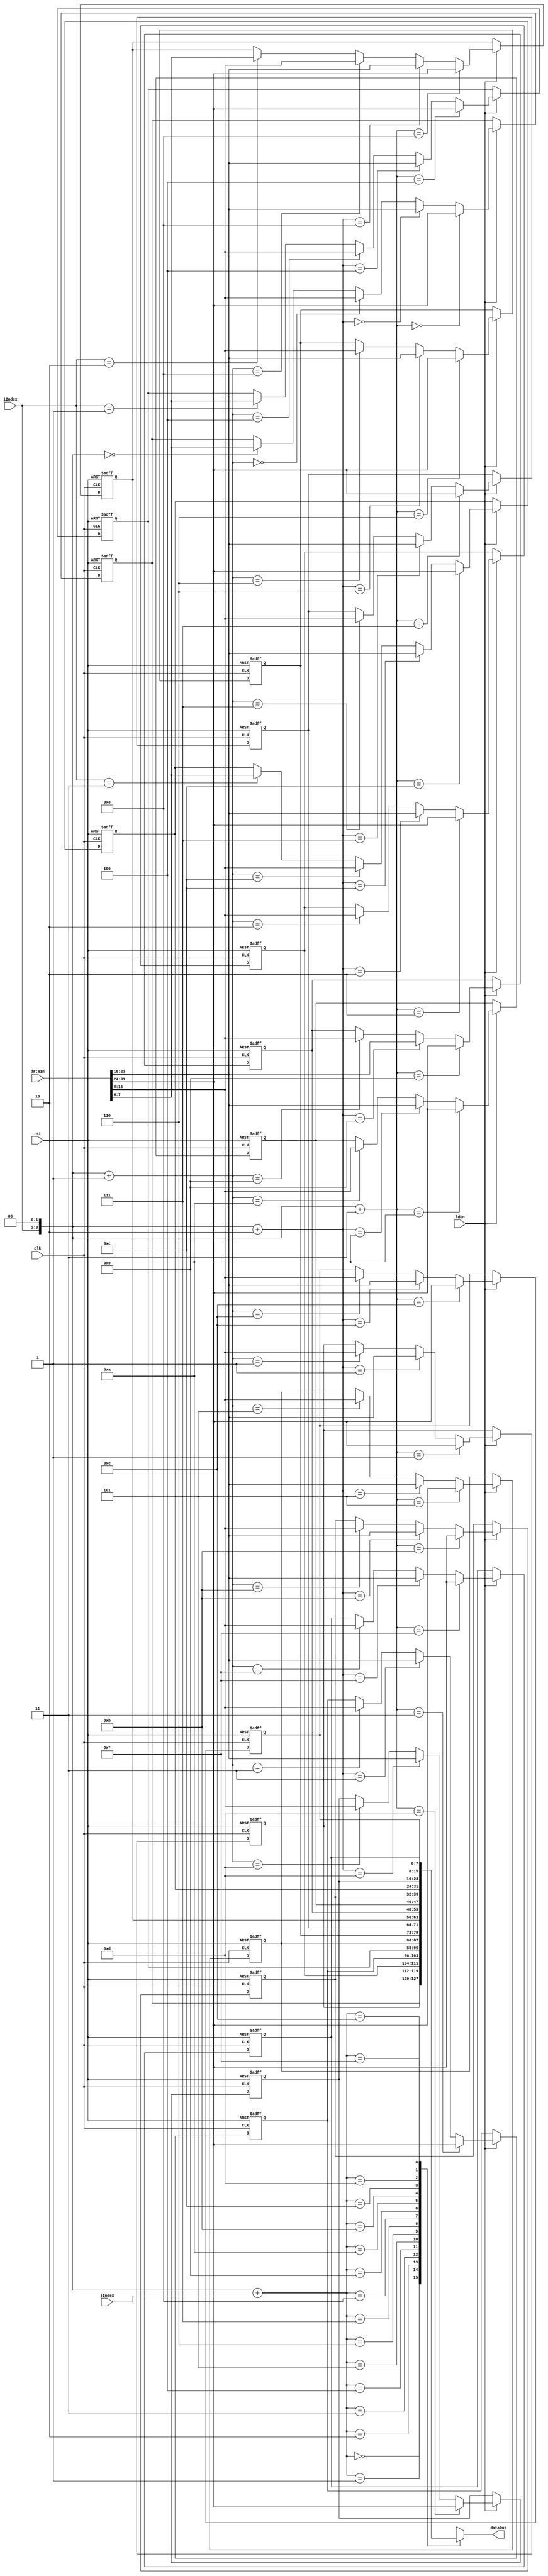
module FilterBuffer(clk, rst, ldEn, iIndex, jIndex, dataIn, dataOut);

    input wire[0:0] clk, rst, ldEn;
    input wire[1:0] iIndex, jIndex;
    input wire[31:0] dataIn;

    output reg[7:0] dataOut;

    reg[7:0] internal_regs [0:15];
    wire[3:0] mid_i = iIndex<<2;
    wire[3:0] final_index = mid_i + jIndex;

    integer i;
    always @(posedge clk, posedge rst) begin
        if(rst) begin
            for(i=0; i<16; i=i+1) begin
                internal_regs[i] <= 8'b0;
            end
        end
        else if(ldEn) begin
            internal_regs[mid_i]       <= dataIn[7:0];
            internal_regs[mid_i+32'd1] <= dataIn[15:8];
            internal_regs[mid_i+32'd2] <= dataIn[23:16];
            internal_regs[mid_i+32'd3] <= dataIn[31:24];
        end
    end

    assign dataOut = internal_regs[final_index]; 

endmodule